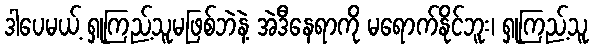
ဒါပေမယ့် ရှုကြည့်သူမဖြစ်ဘဲနဲ့ အဲဒီနေရာကို မရောက်နိုင်ဘူး၊ ရှုကြည့်သူ